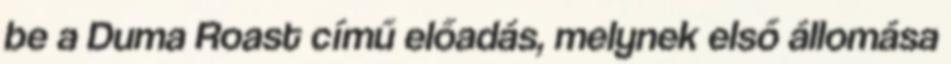
be a Duma Roast című előadás, melynek első állomása